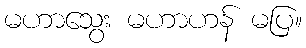
မဟာသွေး မဟာဟန် မပြ။